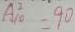
A _ { 1 0 } ^ { 2 } = 9 0